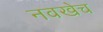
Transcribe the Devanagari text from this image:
नवखेच